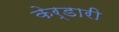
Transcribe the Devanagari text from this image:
केर्डारी